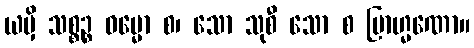
ယမှိ သစ္စဉ္စ ဓမ္မော စ၊ သော သုစီ သော စ ဗြာဟ္မဏော။